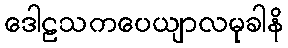
ဒေါဠသကပေယျာလမုခါနိ